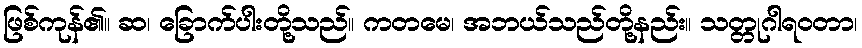
ဖြစ်ကုန်၏။ ဆ၊ ခြောက်ပါးတို့သည်။ ကတမေ၊ အဘယ်သည်တို့နည်း။ သတ္တုဂါရဝတာ၊